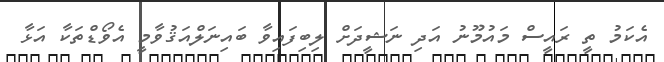
އެކަމު ތީ ރައީސް މައުމޫނު އަދި ނަޝީދަށް ލިބިފައިވާ ބައިނަލްއަޤުވާމީ އެވޯޑްތަކާ އަޅާ